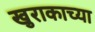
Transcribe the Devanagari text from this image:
खुराकाच्या